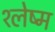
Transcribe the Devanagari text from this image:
श्‍लेष्म